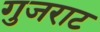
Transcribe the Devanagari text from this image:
गुजराट